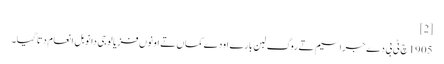
[2]
1905 چ ٹی بی دے جراسیم تے روگ لبن بارے اودے کماں تے اونوں فزیالوجی دا نوبل انعام دتا گیا۔